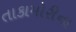
તાકામોરીના